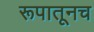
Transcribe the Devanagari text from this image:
रूपातूनच